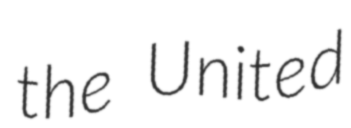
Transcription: the United